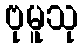
ဗုမူသု